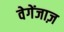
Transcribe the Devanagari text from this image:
वेगेंजाज़